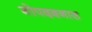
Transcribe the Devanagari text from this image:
गोपदबनास